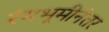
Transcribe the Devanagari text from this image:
रंगभूमीनंतर